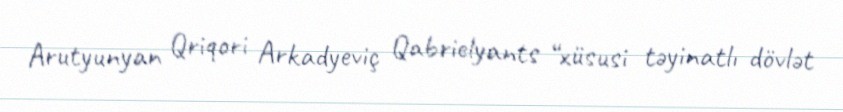
Arutyunyan Qriqori Arkadyeviç Qabrielyants “xüsusi təyinatlı dövlət